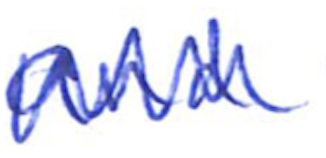
Text: and
Cross-out: zig-zag
Writing tool: ballpoint